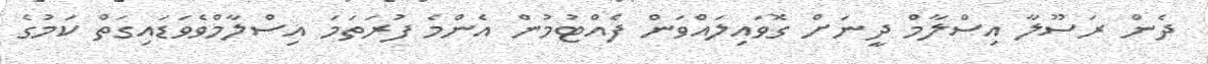
ދެން ރަސޫލާ އިސްލާމް ދީނަށް ގޮވައިލައްވަން ފެއްޓުމުން އެންމެ ފުރަތަމަ އިސްލާމްވެވަޑައިގަތް ކަމުގެ